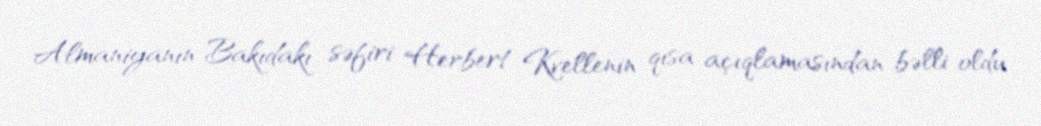
Almaniyanın Bakıdakı səfiri Herbert Kvellenin qısa açıqlamasından bəlli oldu